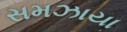
સમઝાયા